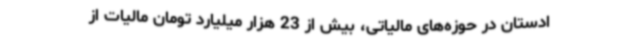
ادستان در حوزه‌های مالیاتی، بیش از 23 هزار میلیارد تومان مالیات از